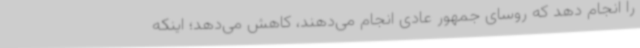
را انجام دهد که روسای جمهور عادی انجام می‌دهند، کاهش می‌دهد؛ اینکه